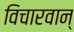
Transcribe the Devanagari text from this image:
विचारवान्